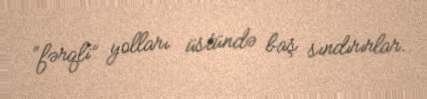
“fərqli” yolları üstündə baş sındırırlar.